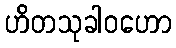
ဟိတသုခါဝဟော